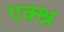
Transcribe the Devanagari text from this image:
एक्श्न